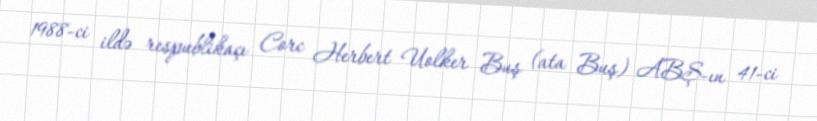
1988-ci ildə respublikaçı Corc Herbert Uolker Buş (ata Buş) ABŞ-ın 41-ci